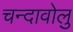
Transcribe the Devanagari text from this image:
चन्दावोलु